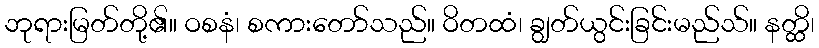
ဘုရားမြတ်တို့၏။ ဝစနံ၊ စကားတော်သည်။ ဝိတထံ၊ ချွတ်ယွင်းခြင်းမည်သ်။ နတ္ထိ၊